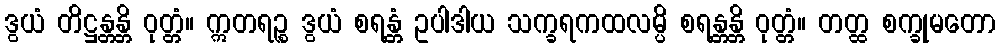
ဒွယံ တိဋ္ဌန္တန္တိ ဝုတ္တံ။ ဣတရဉ္စ ဒွယံ စရန္တံ ဥပါဒါယ သက္ခရကထလမ္ပိ စရန္တန္တိ ဝုတ္တံ။ တတ္ထ စက္ခုမတော